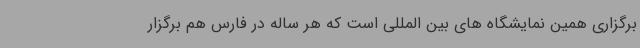
برگزاری همین نمایشگاه های بین المللی است که هر ساله در فارس هم برگزار